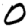
Digit: 0